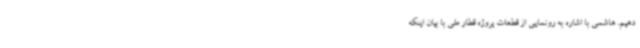
دهیم. هاشمی با اشاره به رونمایی از قطعات پروژه قطار ملی با بیان اینکه